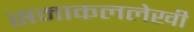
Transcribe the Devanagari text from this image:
समाकललेखी